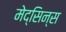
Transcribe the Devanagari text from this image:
मेद्सिन्स